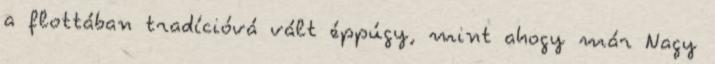
a flottában tradícióvá vált éppúgy, mint ahogy már Nagy